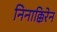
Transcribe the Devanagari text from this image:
निनाक्किरेन